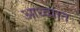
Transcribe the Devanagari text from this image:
आध्व्यात